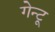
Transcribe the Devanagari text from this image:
गेन्टू